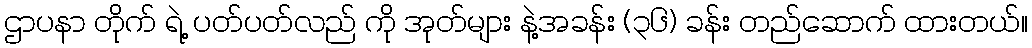
ဌာပနာ တိုက် ရဲ့ ပတ်ပတ်လည် ကို အုတ်များ နဲ့အခန်း (၃၆) ခန်း တည်ဆောက် ထားတယ်။